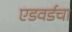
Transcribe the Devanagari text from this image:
एडवर्डचा